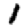
Digit: 1